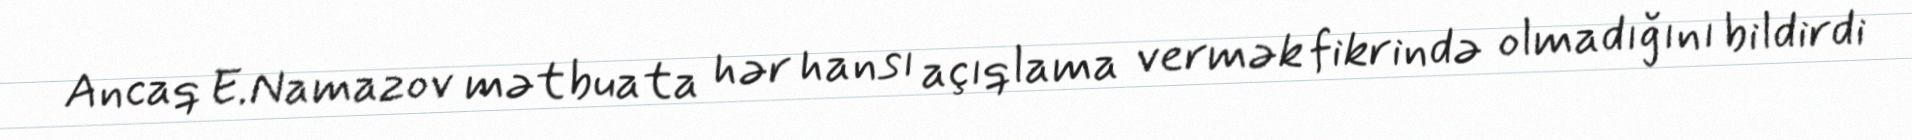
Ancaq E.Namazov mətbuata hər hansı açıqlama vermək fikrində olmadığını bildirdi